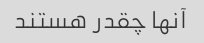
آنها چقدر هستند